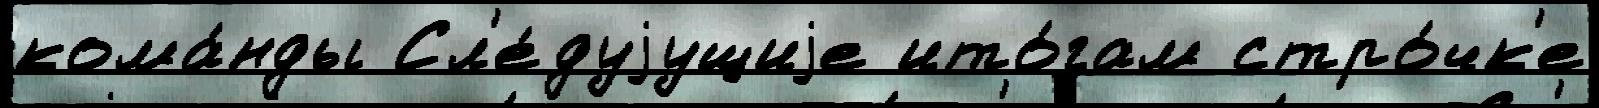
кома́нды Сл'е́дуjущиjе ито́гам стро́чк'е